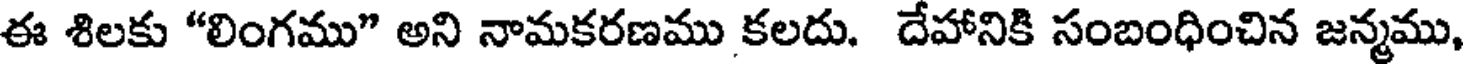
ఈ శిలకు "లింగము" అని నామకరణము కలదు. దేహానికి సంబంధించిన జన్మము,